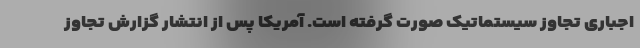
اجباری تجاوز سیستماتیک صورت گرفته است. آمریکا پس از انتشار گزارش تجاوز